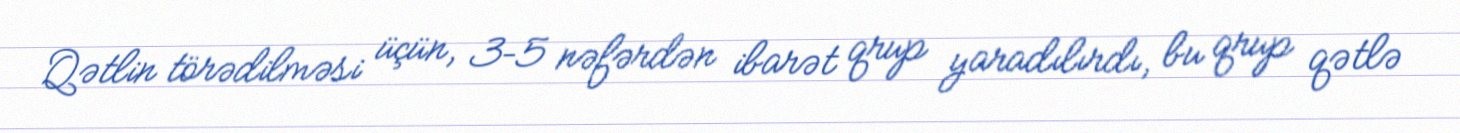
Qətlin törədilməsi üçün, 3–5 nəfərdən ibarət qrup yaradılırdı, bu qrup qətlə